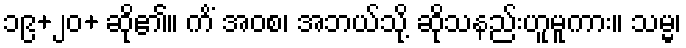
၁၉+၂၀+ ဆို၏။ ကိံ အဝစ၊ အဘယ်သို့ ဆိုသနည်းဟူမူကား။ သမ္မ၊